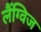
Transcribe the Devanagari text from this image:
लैंग्विज